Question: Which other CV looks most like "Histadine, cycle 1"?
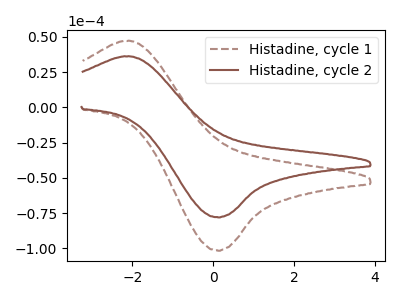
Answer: <think>The brown dashed curve "Histadine, cycle 1" has an anodic peak at (-2.15V, 47.00uA) and a cathodic peak at (0.10V, -101.70uA). The brown curve "Histadine, cycle 2" has an anodic peak at (-2.15V, 36.10uA) and a cathodic peak at (0.10V, -78.05uA).
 All the peaks in "Histadine, cycle 1" have a peak in "Histadine, cycle 2" at the same potential. Every peak in "Histadine, cycle 1" is higher than every peak in "Histadine, cycle 2".</think>
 <answer>The CV with the most similar shape to "Histadine, cycle 2" is "Histadine, cycle 1".</answer>
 <eval>"Histadine, cycle 1"</eval>